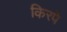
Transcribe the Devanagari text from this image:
किरपे